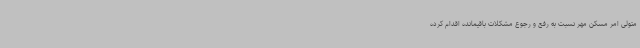
متولی امر مسکن مهر نسبت به رفع و رجوع مشکلات باقیمانده اقدام کرده